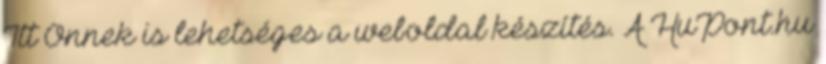
Itt Önnek is lehetséges a weboldal készítés. A HuPont.hu